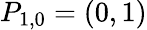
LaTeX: P_{1,0}=(0,1)